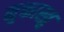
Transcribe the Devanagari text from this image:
मुक्तास्तु